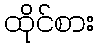
ထိုင်စား